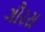
ગૌરસ